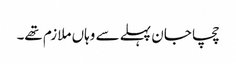
چچا جان پہلے سے وہاں ملازم تھے۔